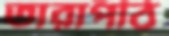
তারাপীঠ